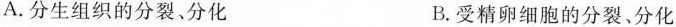
A.分生组织的分裂、分化B.受精卵细胞的分裂、分化